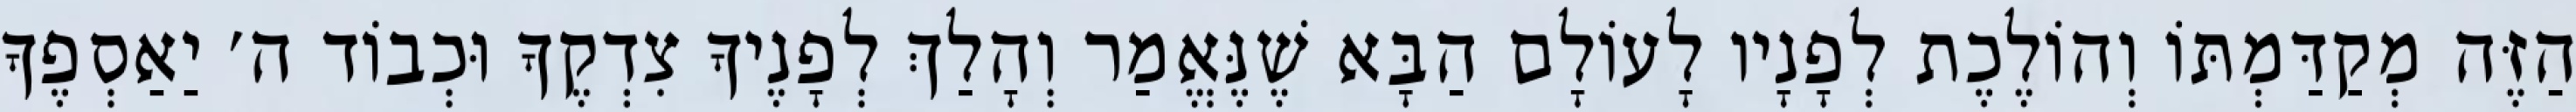
הַזֶּה מְקַדַּמְתּוֹ וְהוֹלֶכֶת לְפָנָיו לָעוֹלָם הַבָּא שֶׁנֶּאֱמַר וְהָלַךְ לְפָנֶיךָ צִדְקֶךָ וּכְבוֹד ה׳ יַאַסְפֶךָ